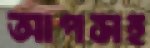
আপসহ